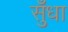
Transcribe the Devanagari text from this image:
सुँधा